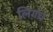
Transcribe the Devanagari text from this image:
लिगंचे